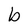
Character: b